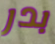
بدر